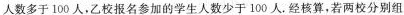
人数多于 100 人，乙校报名参加的学生人数少于 100 人。经核算，若两校分别组